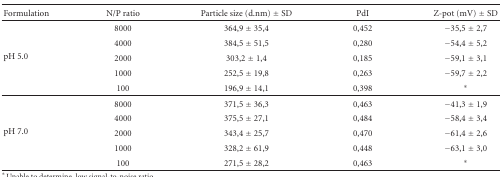
<table><thead><tr><td><b>Formulation</b></td><td><b>N/P ratio</b></td><td><b>Particle size (d.nm) ± SD</b></td><td><b>PdI</b></td><td><b>Z-pot (mV) ± SD</b></td></tr></thead><tbody><tr><td rowspan="5">pH 5.0</td><td>8000</td><td>364,9 ± 35,4</td><td>0,452</td><td>−35,5 ± 2,7</td></tr><tr><td>4000</td><td>384,5 ± 51,5</td><td>0,280</td><td>−54,4 ± 5,2</td></tr><tr><td>2000</td><td>303,2 ± 1,4</td><td>0,185</td><td>−59,1 ± 3,1</td></tr><tr><td>1000</td><td>252,5 ± 19,8</td><td>0,263</td><td>−59,7 ± 2,2</td></tr><tr><td>100</td><td>196,9 ± 14,1</td><td>0,398</td><td><b>*</b></td></tr><tr><td rowspan="5">pH 7.0</td><td>8000</td><td>371,5 ± 36,3</td><td>0,463</td><td>−41,3 ± 1,9</td></tr><tr><td>4000</td><td>375,5 ± 27,1</td><td>0,484</td><td>−58,4 ± 3,4</td></tr><tr><td>2000</td><td>343,4 ± 25,7</td><td>0,470</td><td>−61,4 ± 2,6</td></tr><tr><td>1000</td><td>328,2 ± 61,9</td><td>0,448</td><td>−63,1 ± 3,0</td></tr><tr><td>100</td><td>271,5 ± 28,2</td><td>0,463</td><td><b>*</b></td></tr></tbody></table>